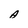
Character: A